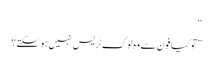
“
”تو کیا فون سے وہ لوگ ٹریس نہیں ہو سکتے؟